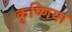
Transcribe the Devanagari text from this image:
कृष्णिया